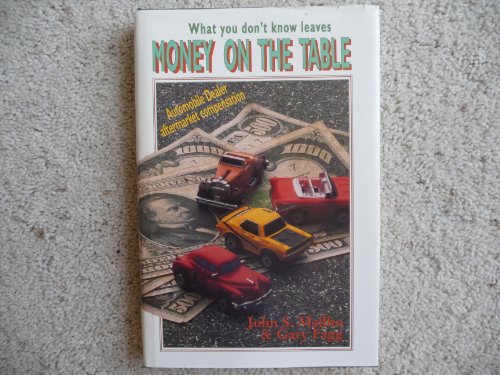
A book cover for Money on the Table: What You Don't Know Leaves Money on the Table; Gary Fagg; Engineering & Transportation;